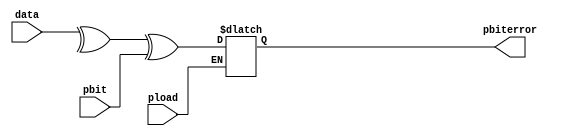
`timescale 1ns / 1ps
//////////////////////////////////////////////////////////////////////////////////
// Company: 
// Engineer: 
// 
// Design Name: 
// Module Name: parity_check
// Project Name: 
// Target Devices: 
// Tool Versions: 
// Description: 
// 
// Dependencies: 
// 
// Revision:
// Revision 0.01 - File Created
// Additional Comments:
// 
//////////////////////////////////////////////////////////////////////////////////


module parity_check(data,pbit,pbiterror,pload);
input [7:0] data;
input pbit,pload;
output reg  pbiterror;
reg temp;
always @(pload,data)
if(pload)
begin
 temp=^data; 
  pbiterror=temp^pbit;
end
endmodule